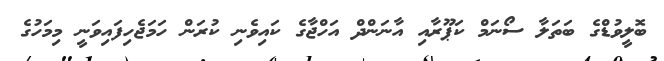
ބޮލީވުޑްގެ ބަތަލާ ސޯނަމް ކަޕޫރާއި އާނަންދް އަހްޖާގެ ކައިވެނި ކުރަން ހަމަޖެހިފައިވަނީ މިމަހުގެ